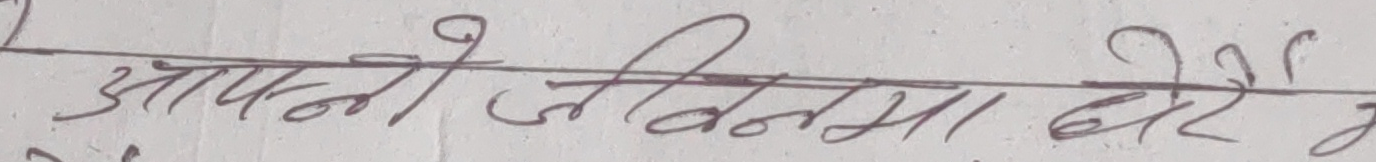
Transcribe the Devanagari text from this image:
आफ्नो जीवनमा धेरै कु